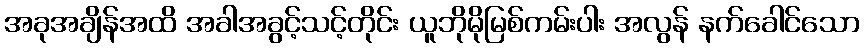
အခုအချိန်အထိ အခါအခွင့်သင့်တိုင်း ယူဘိုမိုမြစ်ကမ်းပါး အလွန် နက်ခေါင်သော